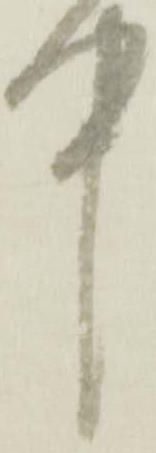
中